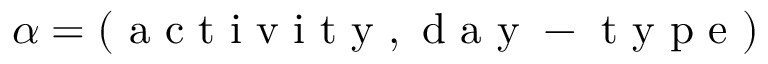
\alpha = ( \mathrm { ~ a ~ c ~ t ~ i ~ v ~ i ~ t ~ y ~ , ~ d ~ a ~ y ~ - ~ t ~ y ~ p ~ e ~ } )